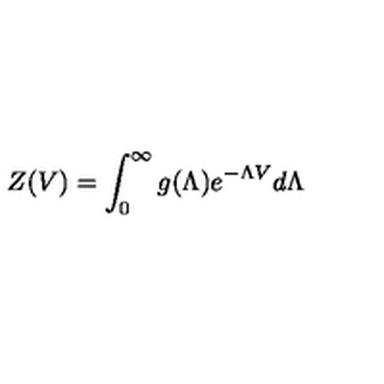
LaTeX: Z ( V ) = \int _ { 0 } ^ { \infty } g ( \Lambda ) e ^ { - \Lambda V } d \Lambda